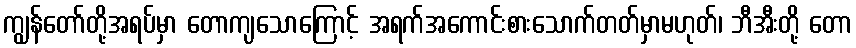
ကျွန်တော်တို့အရပ်မှာ တောကျသောကြောင့် အရက်အကောင်းစားသောက်တတ်မှာမဟုတ်၊ ဘီအီးတို့ တော